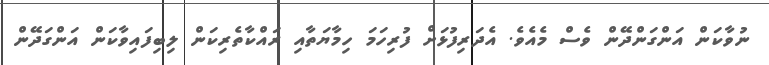
ނުވާކަން އަންގަންދޭން ވެސް މެއެވެ. އެދަރިފުޅަށް ފުރިހަމަ ހިމާޔަތާއި ރައްކާތެރިކަން ލިބިފައިވާކަން އަންގަދޭން